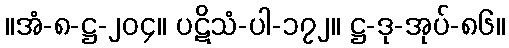
။အံ-၈-ဋ္ဌ-၂၀၄။ ပဋိသံ-ပါ-၁၇၂။ ဋ္ဌ-ဒု-အုပ်-၈၆။